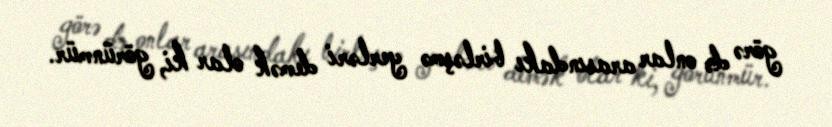
görə də onlar arasındakı birləşmə yerləri demək olar ki, görünmür.